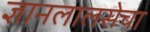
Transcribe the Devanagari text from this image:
ज्ञानलालसेचा